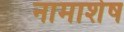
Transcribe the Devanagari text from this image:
नामाशेष